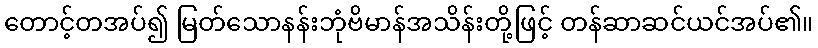
တောင့်တအပ်၍ မြတ်သောနန်းဘုံဗိမာန်အသိန်းတို့ဖြင့် တန်ဆာဆင်ယင်အပ်၏။